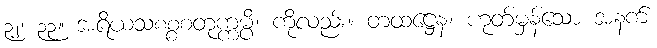
၃၂၊ ၃၃။ အရိယသစစ္စစတုက္ကမ္ပိ၊ ကိုလည်း။ တထဋ္ဌေန၊ ဟုတ်မှန်သော အနက်